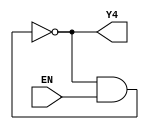
`timescale 1ns / 1ps
module R4(EN,Y4
    );
input EN;
output Y4;
wire w1,w2,w3,w4,w5;
	nand #4(w1,Y4,EN);
	not #4(w2,w1);
	not #4(w3,w2);
	not #4(w4,w3);
	not #4(Y4,w4);

endmodule